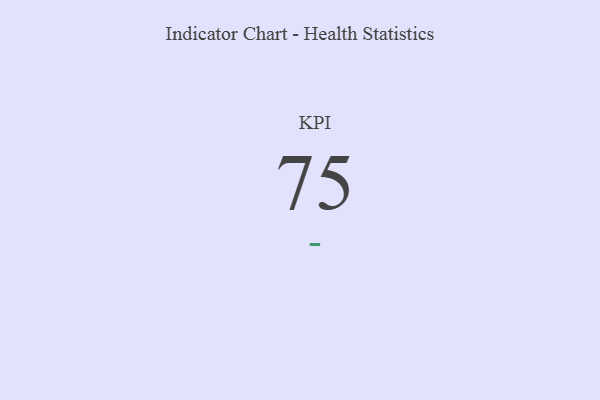
{"axis": {"x": "KPI", "y": "Value"}, "legend": [""], "data": [{"x": "KPI", "y": 75, "type": ""}]}